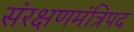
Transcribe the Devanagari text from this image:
संरक्षणमंत्रिपद